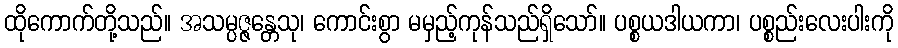
ထိုကောက်တို့သည်။ အသမ္ပဇ္ဇန္တေသု၊ ကောင်းစွာ မမှည့်ကုန်သည်ရှိသော်။ ပစ္စယဒါယကာ၊ ပစ္စည်းလေးပါးကို